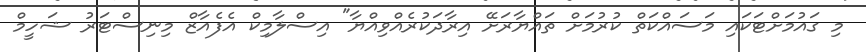
މި ގައުމަށްޓަކައި މަސައްކަތް ކުރުމަށް ތައްޔާރަށޭ އިރާދަކުރެއްވިއްޔާ" އިސްލާމިކް އެފެއާޒް މިނިސްޓަރު ޝަހީމް